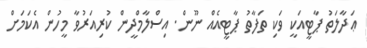
ޢަދާލަތު ޕާޓީއަކީ ވަކި ތަފާތު ޕާޓީއެއް ނޫން. އިސްލާމްދީން ކުރިއަރުވާ މީހުން އެކަމަށް